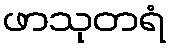
ဖာသုတရံ